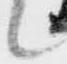
候